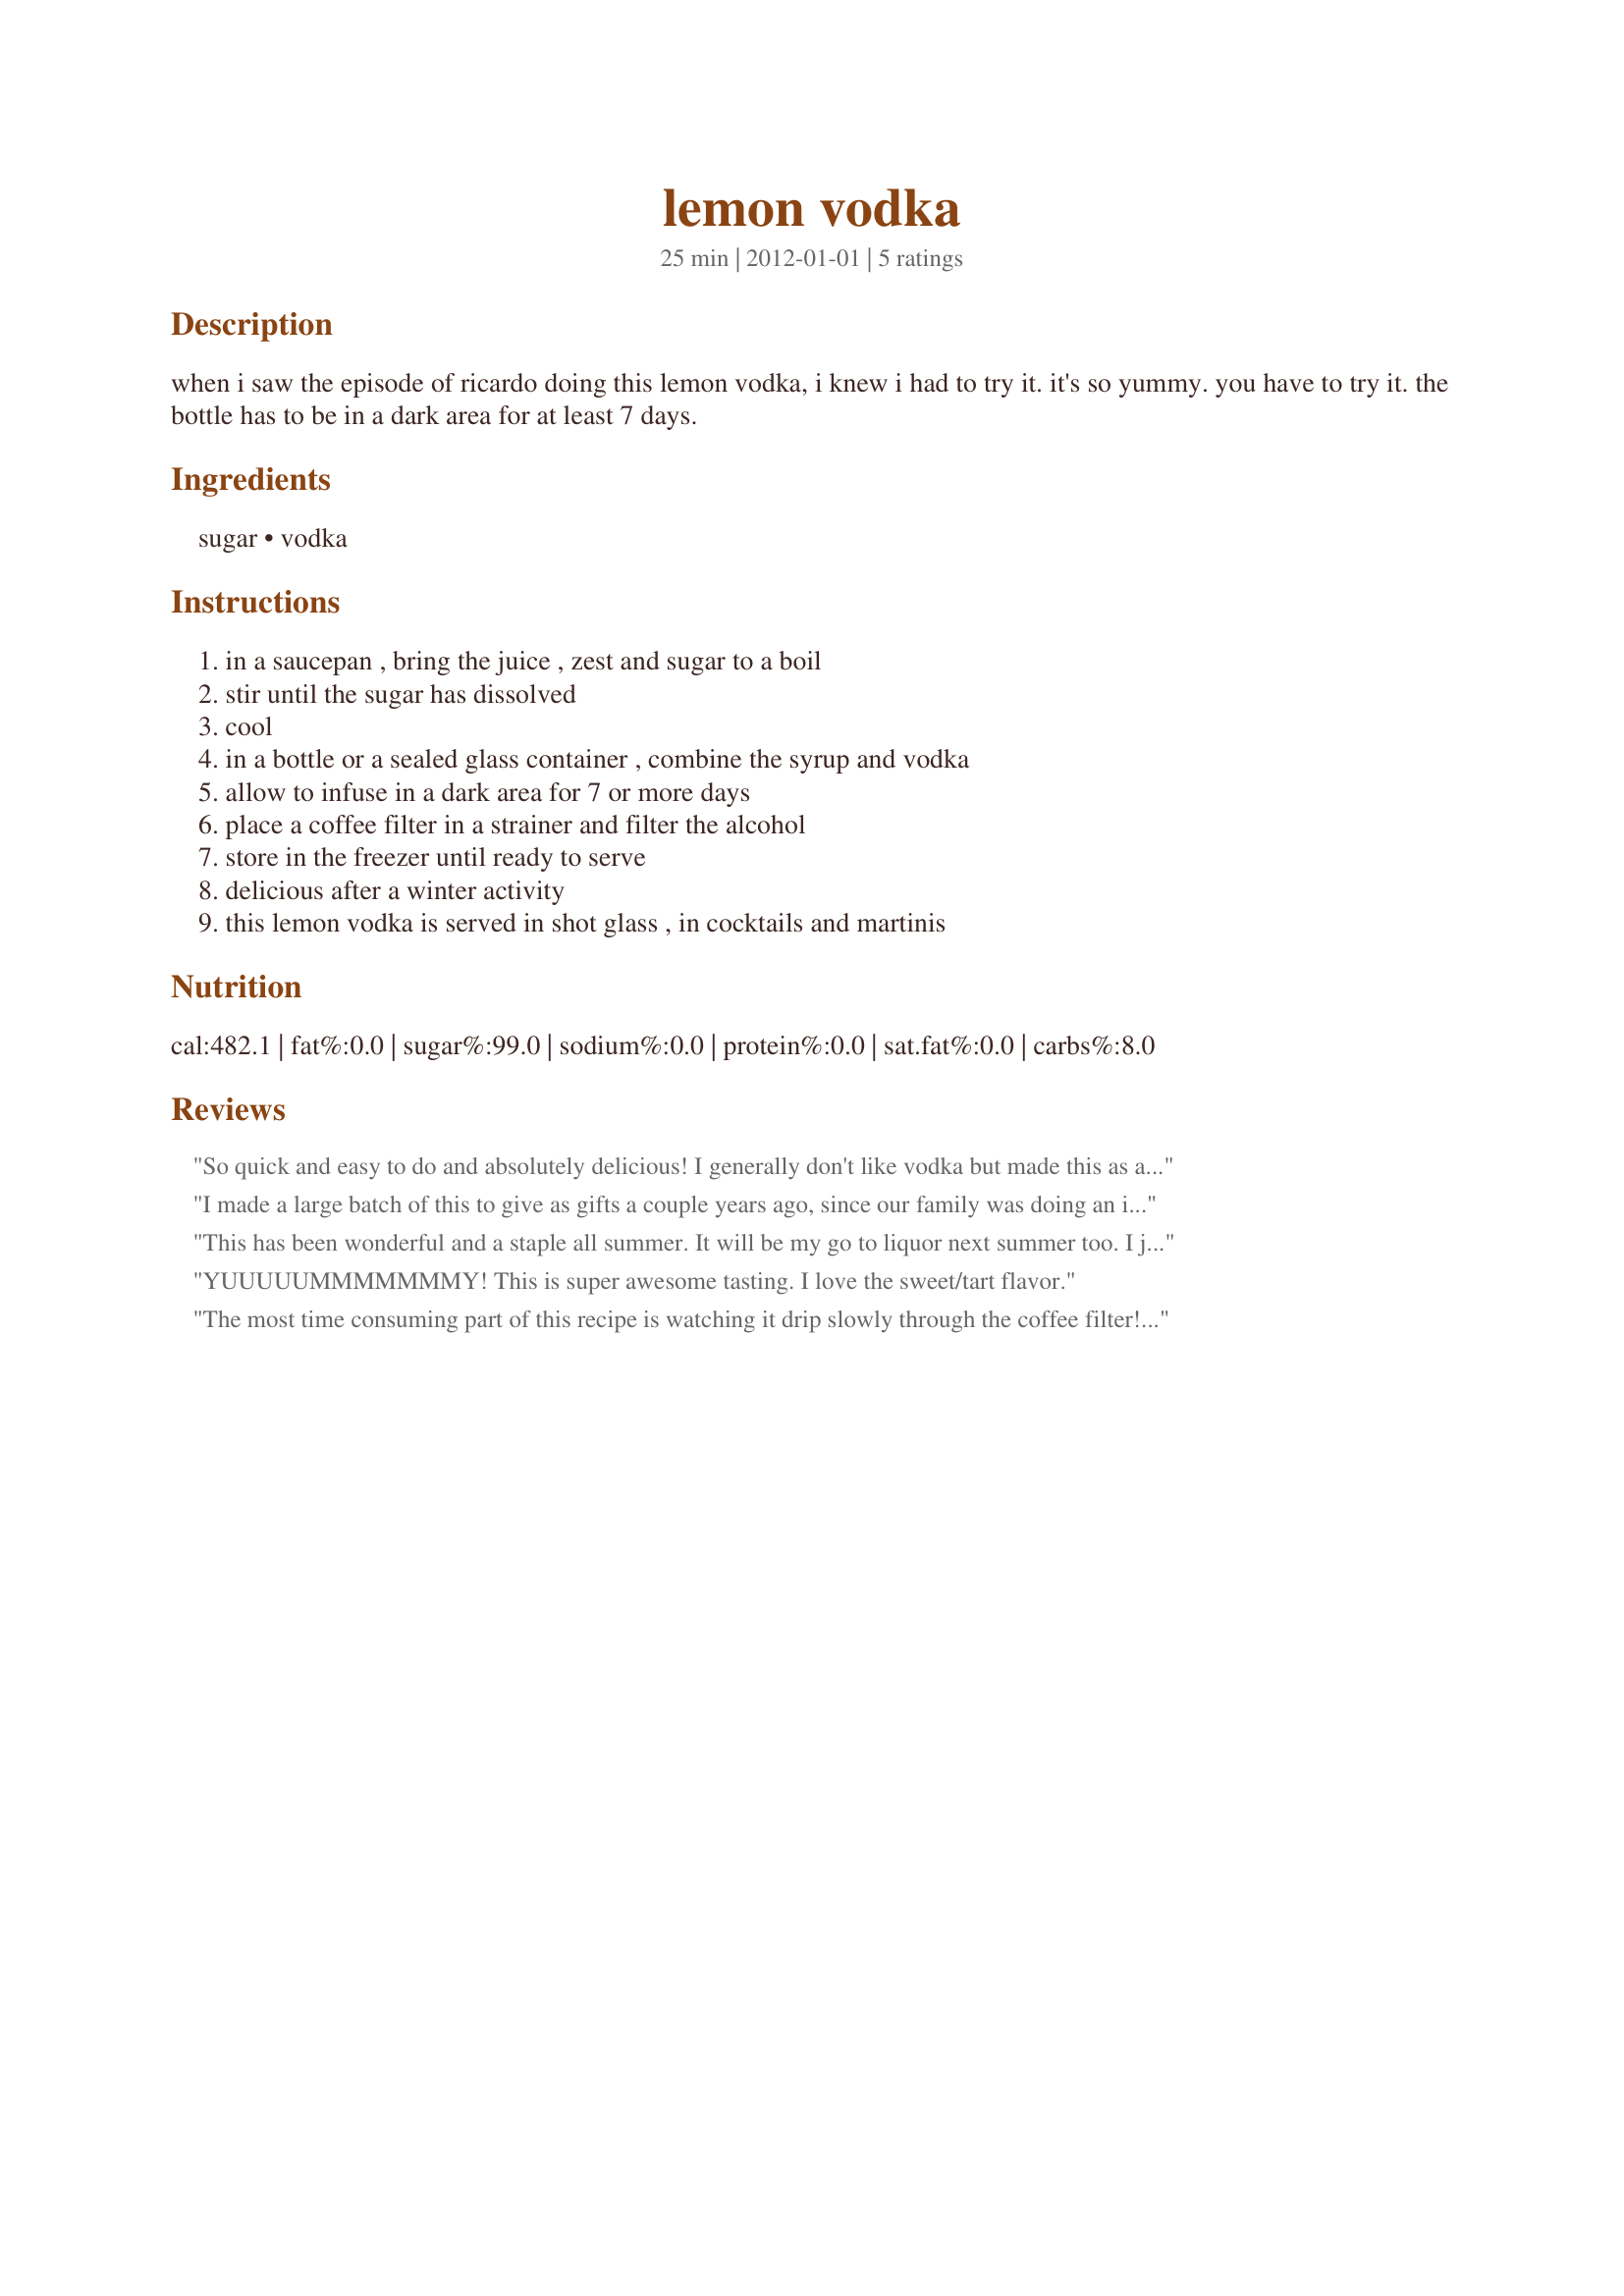
lemon vodka
Preparation time: 25 minutes

when i saw the episode of ricardo doing this lemon vodka, i knew i had to try it. it's so yummy. you have to try it. the bottle has to be in a dark area for at least 7 days.

Ingredients:
sugar, vodka

Steps:
in a saucepan , bring the juice , zest and sugar to a boil, stir until the sugar has dissolved, cool, in a bottle or a sealed glass container , combine the syrup and vodka, allow to infuse in a dark area for 7 or more days, place a coffee filter in a strainer and filter the alcohol, store in the freezer until ready to serve, delicious after a winter activity, this lemon vodka is served in shot glass , in cocktails and martinis

Reviews:
So quick and easy to do and absolutely delicious! I generally don't like vodka but made this as a gift and I'm so tempted to keep it all for myself! Really fresh and a lovely colour too, I left mine for 10 days and felt that was enough :)
I made a large batch of this to give as gifts a couple years ago, since our family was doing an italian themed dinner and this drink is also known in italy as limoncello. It was not good. Smelled like lemon pledge and of course thats all I could think about as we sipped it. I ended up throwing the whole batch out. Did not give stars since it may have just been our taste preferances. A lot of people seem to like it.
This has been wonderful and a staple all summer. It will be my go to liquor next summer too. I just can't believe i forgot to review it.
YUUUUUMMMMMMMY! This is super awesome tasting. I love the sweet/tart flavor.
The most time consuming part of this recipe is watching it drip slowly through the coffee filter! Smells super lemony and sweet. Tastes like limoncello. I thought it would be more like a lemon-flavored vodka, but with the sugar it is more like limoncello. It turns very thick when put in the freezer, but tastes best super cold. Makes for a very thick, potent shot. I let mine sit in a cool, dark spot for 12 days. I think this was plenty of time for the flavors to meld. I enjoyed it....but too potent to be consumed in large quantities! I'll mix over ice with water to make a spiked lemonade for these horribly hot days we are having right now. Thanks for sharing!
